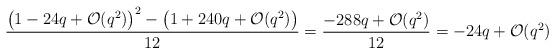
LaTeX: \begin{align*}\frac{\big(1 - 24q + \mathcal{O}(q^2)\big)^2 - \big(1 + 240q + \mathcal{O}(q^2)\big)}{12} = \frac{-288q + \mathcal{O}(q^2)}{12} = -24q + \mathcal{O}(q^2)\end{align*}